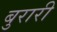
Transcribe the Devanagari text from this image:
बुरारी